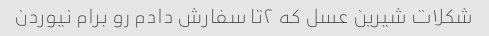
شکلات شیرین عسل که ۲تا سفارش دادم رو برام نیوردن